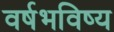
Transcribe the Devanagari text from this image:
वर्षभविष्य